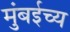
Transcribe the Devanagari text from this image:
मुंबईच्य